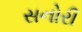
સનોરી